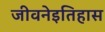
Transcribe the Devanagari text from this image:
जीवनेइतिहास